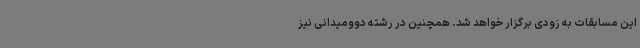
این مسابقات به زودی برگزار خواهد شد. همچنین در رشته دوومیدانی نیز